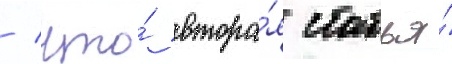
/ что́ втора́я статья́